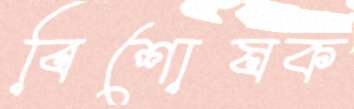
বিশোষক